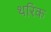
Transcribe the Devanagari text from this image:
थरिक